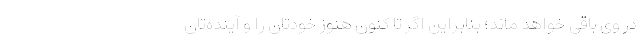
در وی باقی خواهد ماند؛ بنابراین اگر تا کنون هنوز خودتان را و آینده‌تان